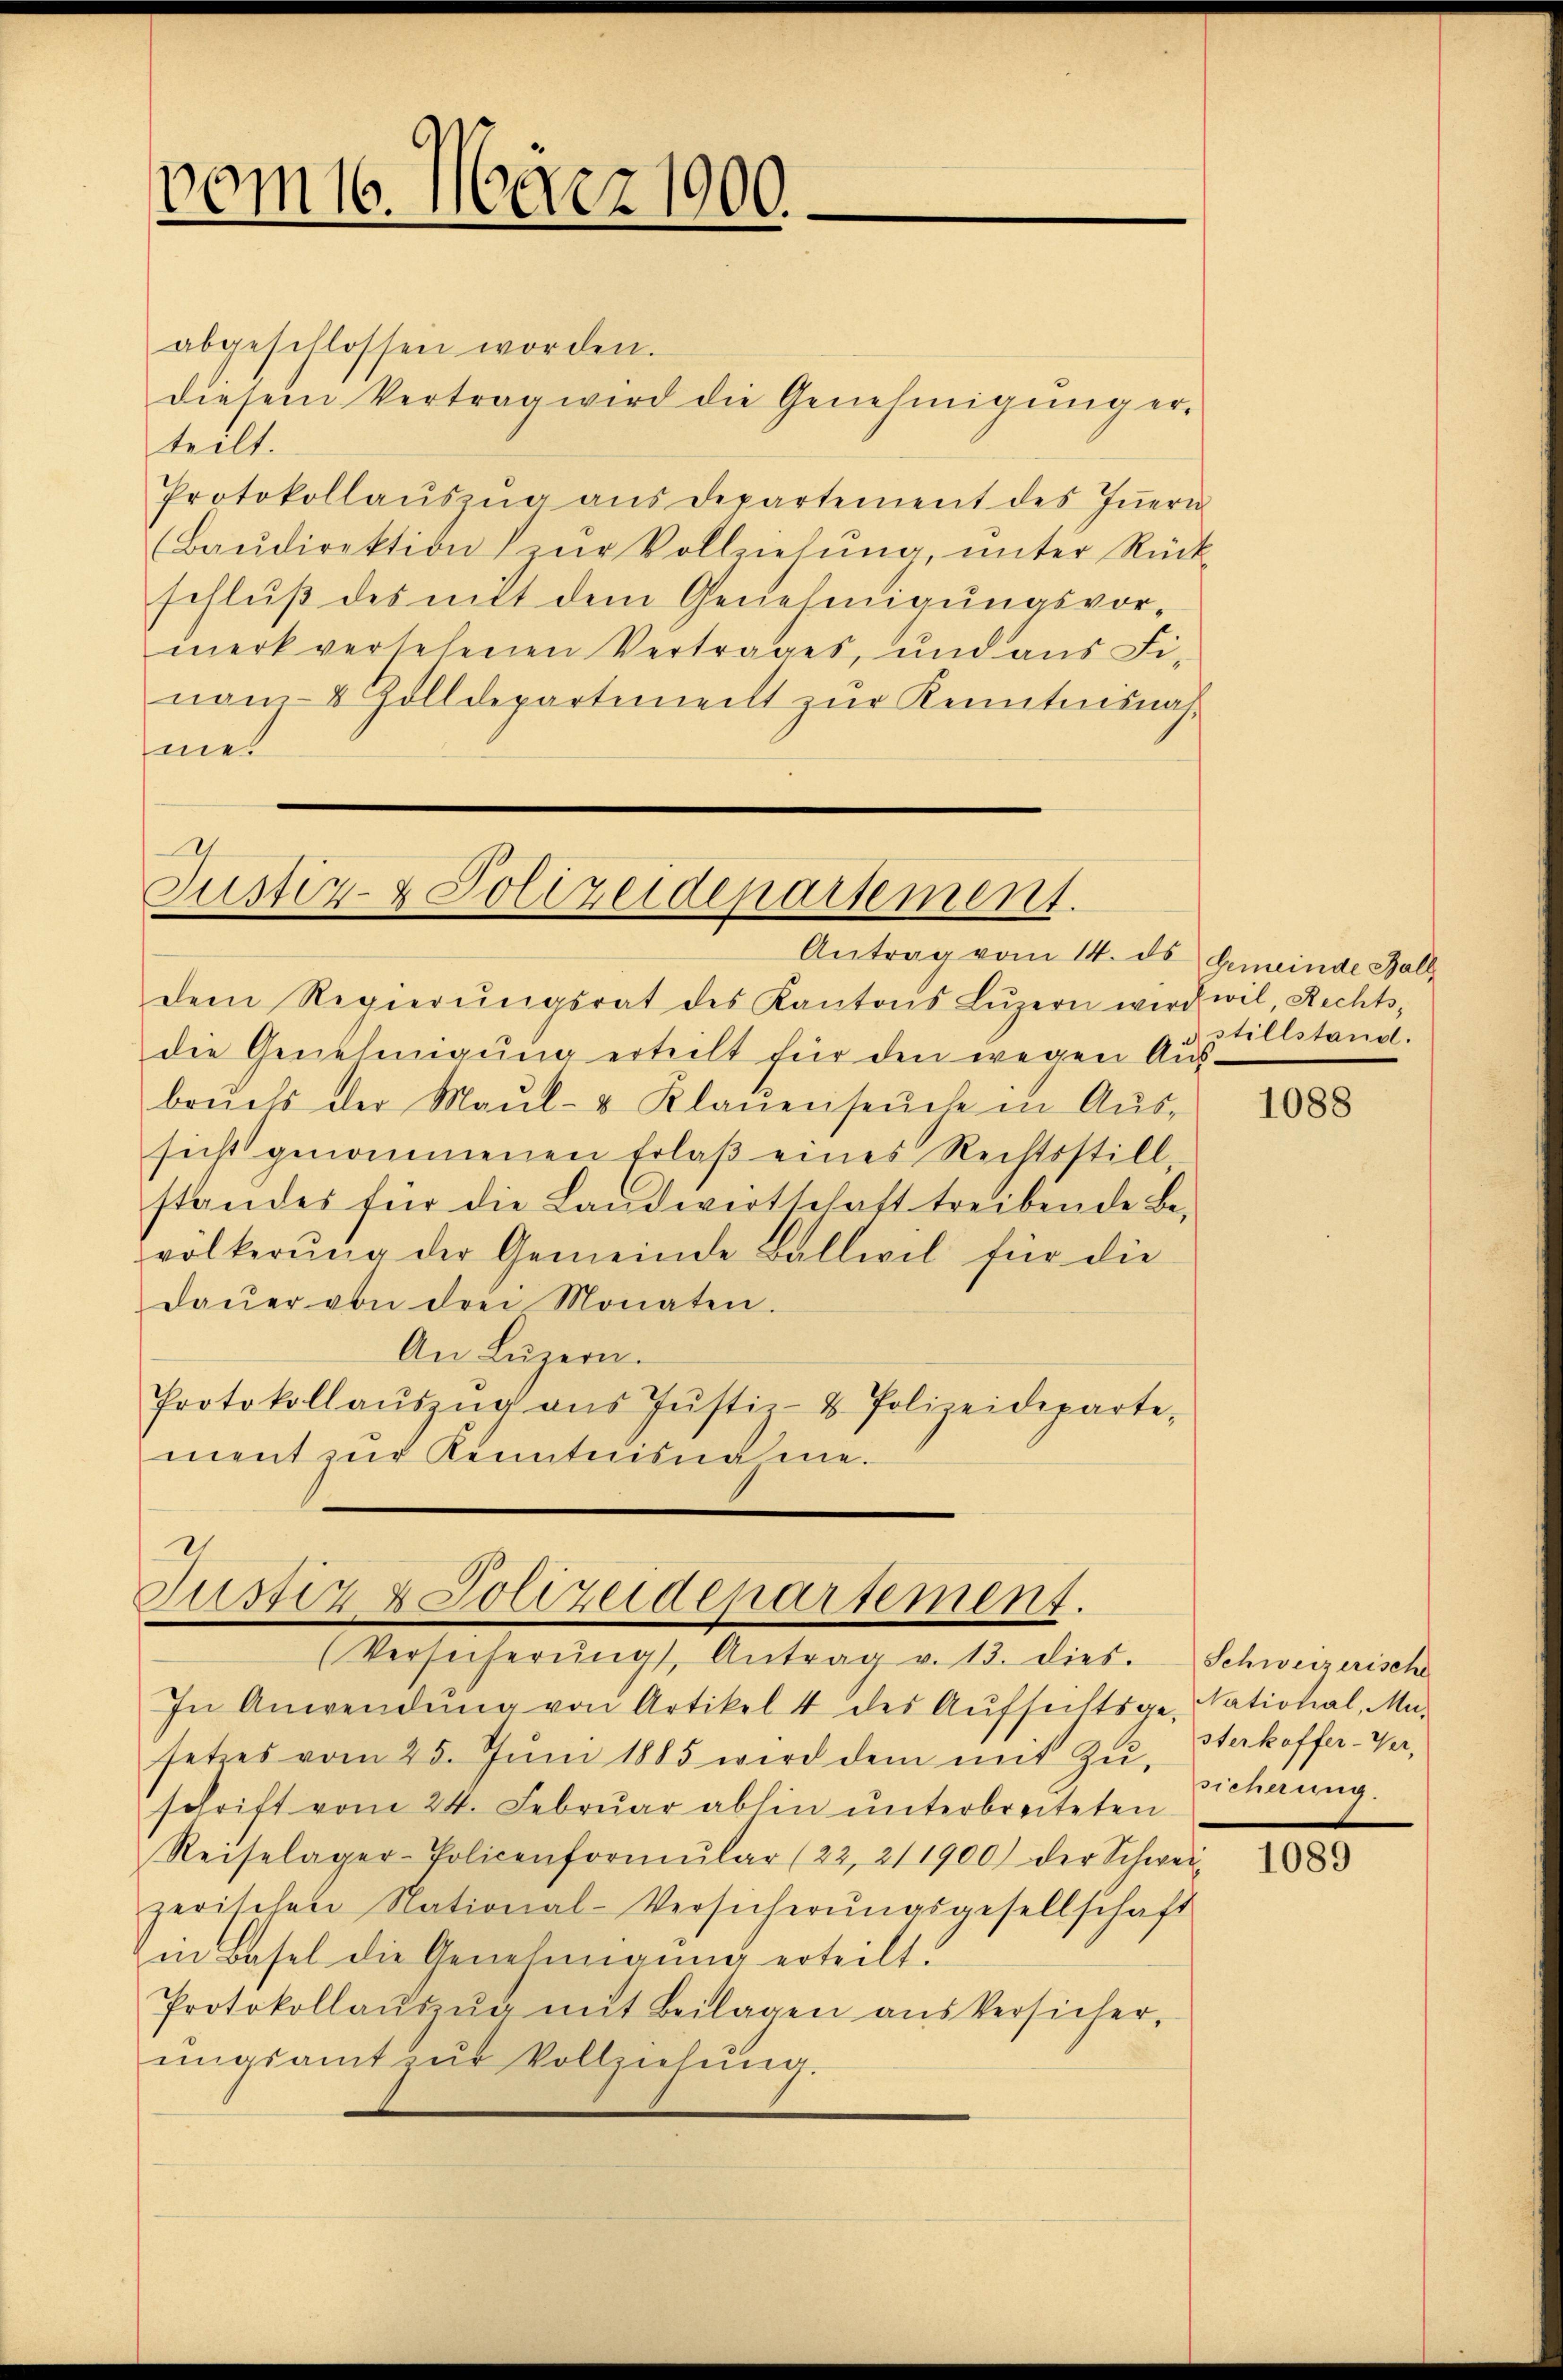
abgeschlossen worden.
diesem Vertrag wird die Genehmigung er-
teilt.
Protokollaŭszŭg aŭs departement des Iṅern
Baŭdirektion zŭr Vollziehŭng ŭnter Rück-
schluß des mit dem Genehmigungsvormerk versehenen Vertrages, und aus Fi-
nam 8 Zolldepartimeilt zŭr Kenntnisnah-
ne.

vom 16. März 1900.

Justiz- & Polizeidepartement.
Antrag vom 14. ds Gemeinde Hall

dem Regierŭngsrat des Kantons Lŭzern wird wil, Rechts-
die Genehmigŭng erteilt für den wegen Aŭs-
brŭchs der Maul- & Klaŭenseuche in Aŭs-
sicht genommenen Erlaß eines Rechtsstill
standes für die Landwirtschaft treibende Be-
völkerŭng der Gemeinde Ballwil für die
daŭer von drei Monaten.
An Luzern.
Protokollaŭszŭg aŭs Jŭstiz- & Polizeideparte,
ment zur Kenntnisname.

Justiz & Polizeidepartement.
(Versicherŭng Antrag v. 13. dies. Schweizerische

In Anwendŭng von Artikel 4 des Aufsichtsge-National, Mi-
setzes vom 25. Jŭni 1885 wird dem mit Zŭ- sicherung.
schrift vom 24. Febrŭar abhin ŭnterbreiteten
Reiselager-Policenformŭlar (22, 211900) der Schwei-
zerischen National-Versicherŭngsgesellschaft
in Basel die Genehmigung erteilt.
Protokollaŭszŭg mit Beilagen aus Versicher,
ungsamt zur Vollziehung.

stillstand.

1088

sterkoffer-Ver-

1089